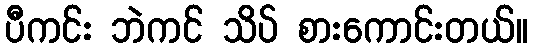
ပီကင်း ဘဲကင် သိပ် စားကောင်းတယ်။